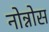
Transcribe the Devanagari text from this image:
नोन्नोस